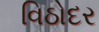
વિઠોદર